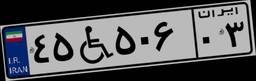
۴۵W۵۰۶۰۳